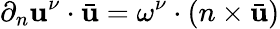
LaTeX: \partial_{n}\mathbf{u}^{\nu}\cdot\bar{{\mathbf{u}}}=\omega^{\nu}\cdot(n\times\bar{{\mathbf{u}}})